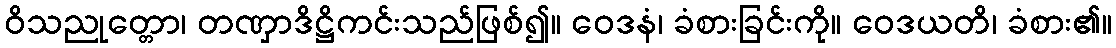
ဝိသညုတ္တော၊ တဏှာဒိဋ္ဌိကင်းသည်ဖြစ်၍။ ဝေဒနံ၊ ခံစားခြင်းကို။ ဝေဒယတိ၊ ခံစား၏။